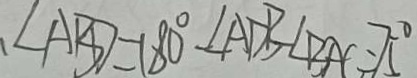
\angle A B D = 1 8 0 ^ { \circ } - \angle A D B - \angle B A C = 7 5 ^ { \circ }